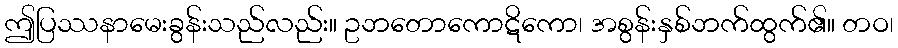
ဤပြဿနာမေးခွန်းသည်လည်း။ ဥဘတောကောဋိကော၊ အစွန်းနှစ်ဘက်ထွက်၏။ တဝ၊